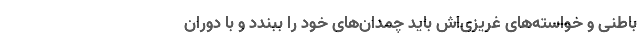
باطنی‌ و خواسته‌های غریزی‌اش باید چمدان‌های خود را ببندد و با دوران